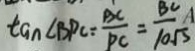
\tan \angle B P C = \frac { B C } { P C } = \frac { B C } { 1 0 \sqrt { 3 } } A